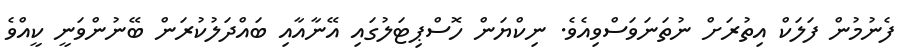
ފެނުމުން ފަލަކް އިތުރަށް ނުތަނަވަސްވިއެވެ. ނިކްޔަން ހޮސްޕިޓަލުގައި އޭނާއާއި ބައްދަލުކުރަން ބޭނުންވަނީ ކީއްވެ